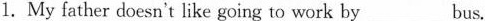
1. My father doesn't like going to work by___bus.